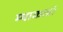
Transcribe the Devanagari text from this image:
म्याकाबी